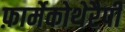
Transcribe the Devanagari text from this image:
फ़ार्मेकोथेरैपी